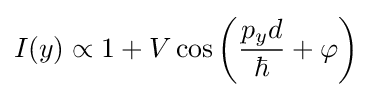
I(y)\propto 1+V\cos \left({\frac {p_{y}d}{\hbar }}+\varphi \right)